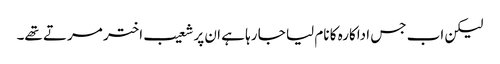
لیکن اب جس اداکارہ کا نام لیا جا رہا ہے ان پر شعیب اختر مرتے تھے۔